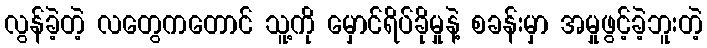
လွန်ခဲ့တဲ့ လတွေကတောင် သူ့ကို မှောင်ရိပ်ခိုမှုနဲ့ စခန်းမှာ အမှုဖွင့်ခဲ့ဘူးတဲ့